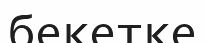
бекетке